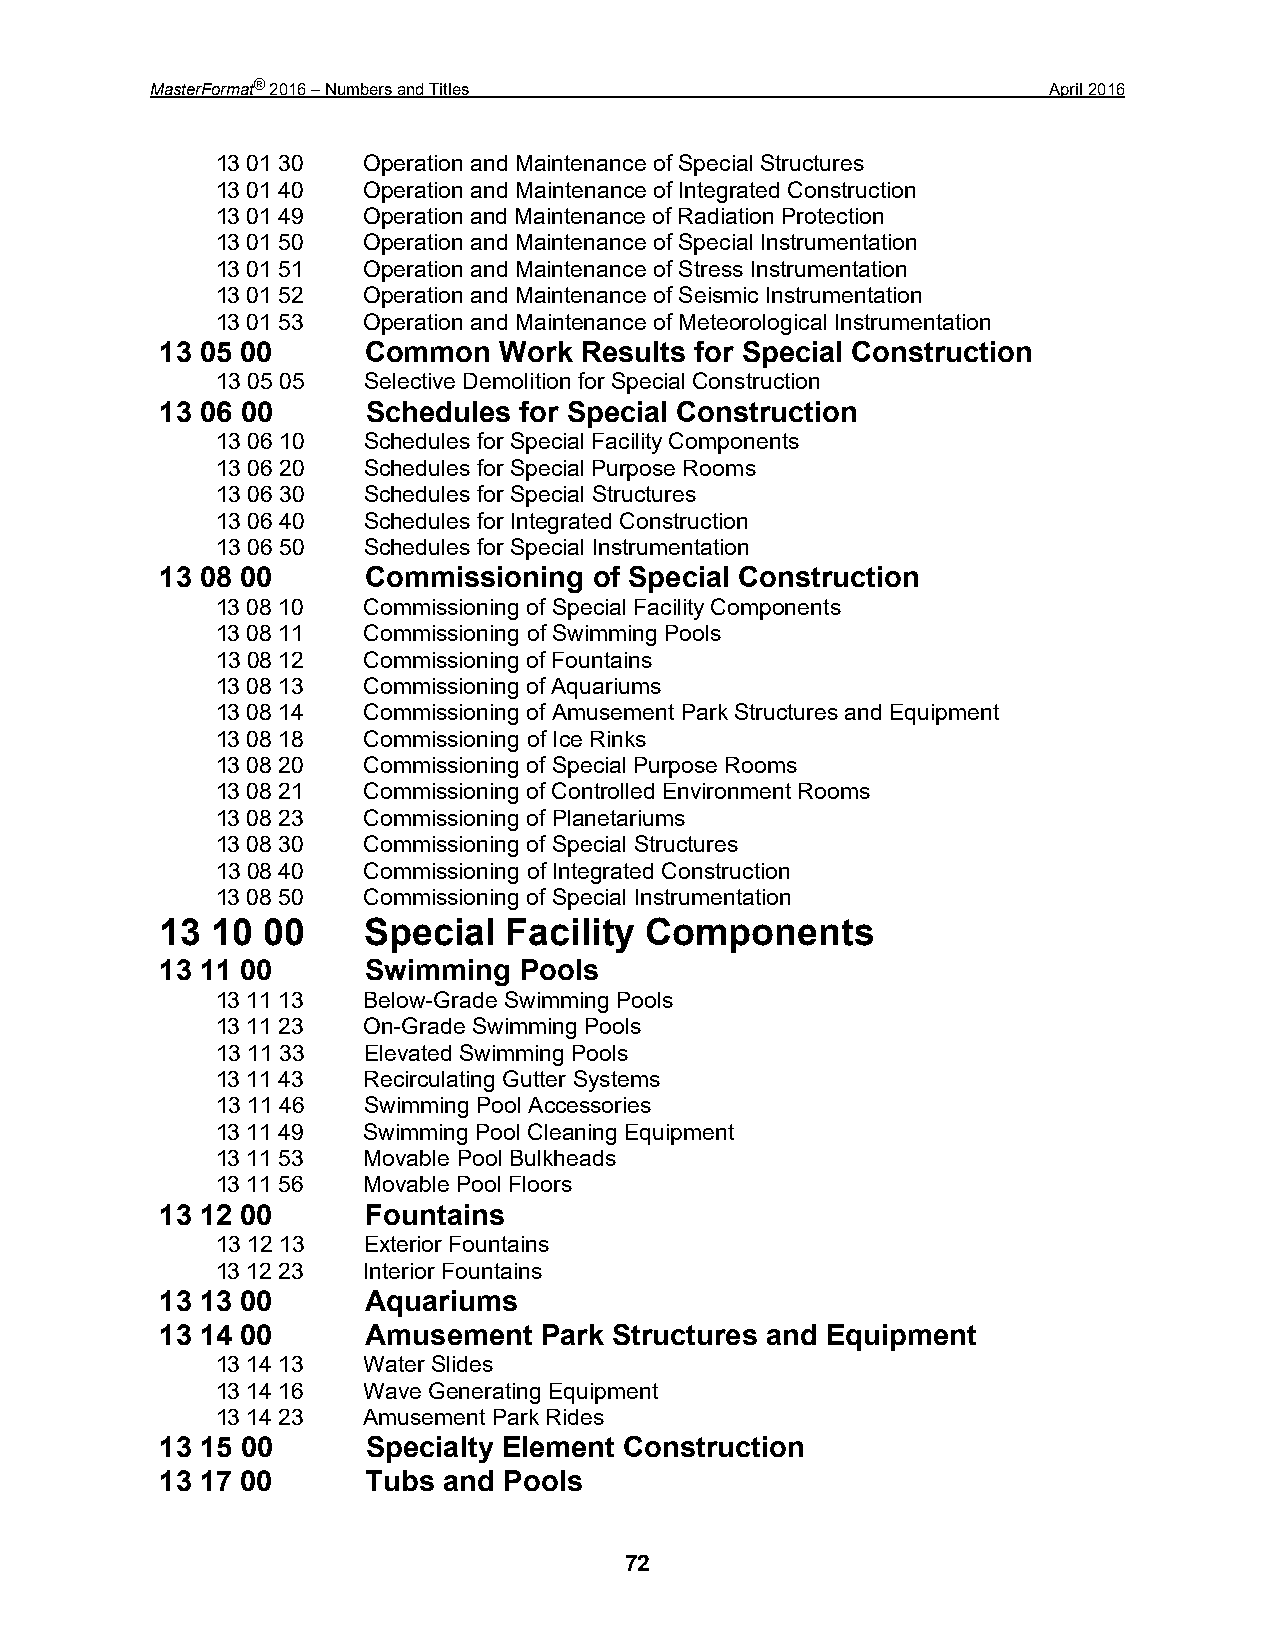
MasterFormat® 2016 – Numbers and Titles                     April 2016
 13 01 30  Operation and Maintenance of Special Structures
 13 01 40  Operation and Maintenance of Integrated Construction
 13 01 49  Operation and Maintenance of Radiation Protection
 13 01 50  Operation and Maintenance of Special Instrumentation
 13 01 51  Operation and Maintenance of Stress Instrumentation
 13 01 52  Operation and Maintenance of Seismic Instrumentation
 13 01 53  Operation and Maintenance of Meteorological Instrumentation
 13 05 00     Common   Work Results for Special Construction
 13 05 05  Selective Demolition for Special Construction
 13 06 00     Schedules for Special Construction
 13 06 10  Schedules for Special Facility Components
 13 06 20  Schedules for Special Purpose Rooms
 13 06 30  Schedules for Special Structures
 13 06 40  Schedules for Integrated Construction
 13 06 50  Schedules for Special Instrumentation
 13 08 00     Commissioning  of Special Construction
 13 08 10  Commissioning of Special Facility Components
 13 08 11  Commissioning of Swimming Pools
 13 08 12  Commissioning of Fountains
 13 08 13  Commissioning of Aquariums
 13 08 14  Commissioning of Amusement Park Structures and Equipment
 13 08 18  Commissioning of Ice Rinks
 13 08 20  Commissioning of Special Purpose Rooms
 13 08 21  Commissioning of Controlled Environment Rooms
 13 08 23  Commissioning of Planetariums
 13 08 30  Commissioning of Special Structures
 13 08 40  Commissioning of Integrated Construction
 13 08 50  Commissioning of Special Instrumentation
 13 10 00     Special  Facility  Components
 13 11 00     Swimming  Pools
 13 11 13  Below-Grade Swimming Pools
 13 11 23  On-Grade Swimming Pools
 13 11 33  Elevated Swimming Pools
 13 11 43  Recirculating Gutter Systems
 13 11 46  Swimming Pool Accessories
 13 11 49  Swimming Pool Cleaning Equipment
 13 11 53  Movable Pool Bulkheads
 13 11 56  Movable Pool Floors
 13 12 00     Fountains
 13 12 13  Exterior Fountains
 13 12 23  Interior Fountains
 13 13 00     Aquariums
 13 14 00     Amusement   Park Structures and Equipment
 13 14 13  Water Slides
 13 14 16  Wave Generating Equipment
 13 14 23  Amusement Park Rides
 13 15 00     Specialty Element Construction
 13 17 00     Tubs and Pools
 72